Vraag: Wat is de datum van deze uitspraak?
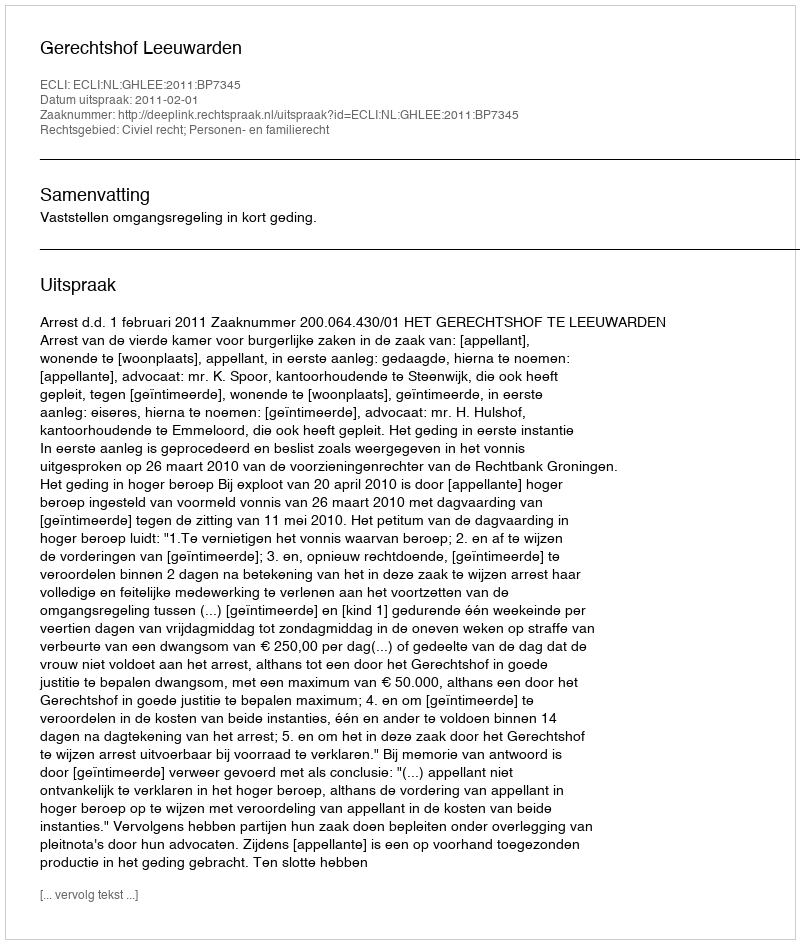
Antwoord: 2011-02-01